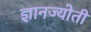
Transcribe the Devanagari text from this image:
ज्ञानज्योती